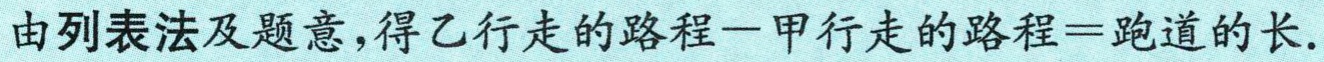
由列表法及题意，得乙行走的路程一甲行走的路程=跑道的长.